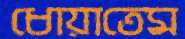
ধোয়াতেম